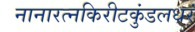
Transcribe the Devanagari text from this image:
नानारत्नकिरीटकुंडलधरं